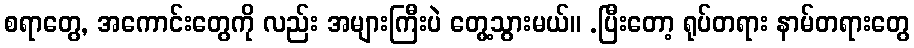
စရာတွေ, အကောင်းတွေကို လည်း အများကြီးပဲ တွေ့သွားမယ်။ .ပြီးတော့ ရုပ်တရား နာမ်တရားတွေ